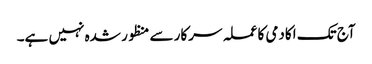
آج تک اکادمی کا عملہ سرکار سے منظور شدہ نہیں ہے۔